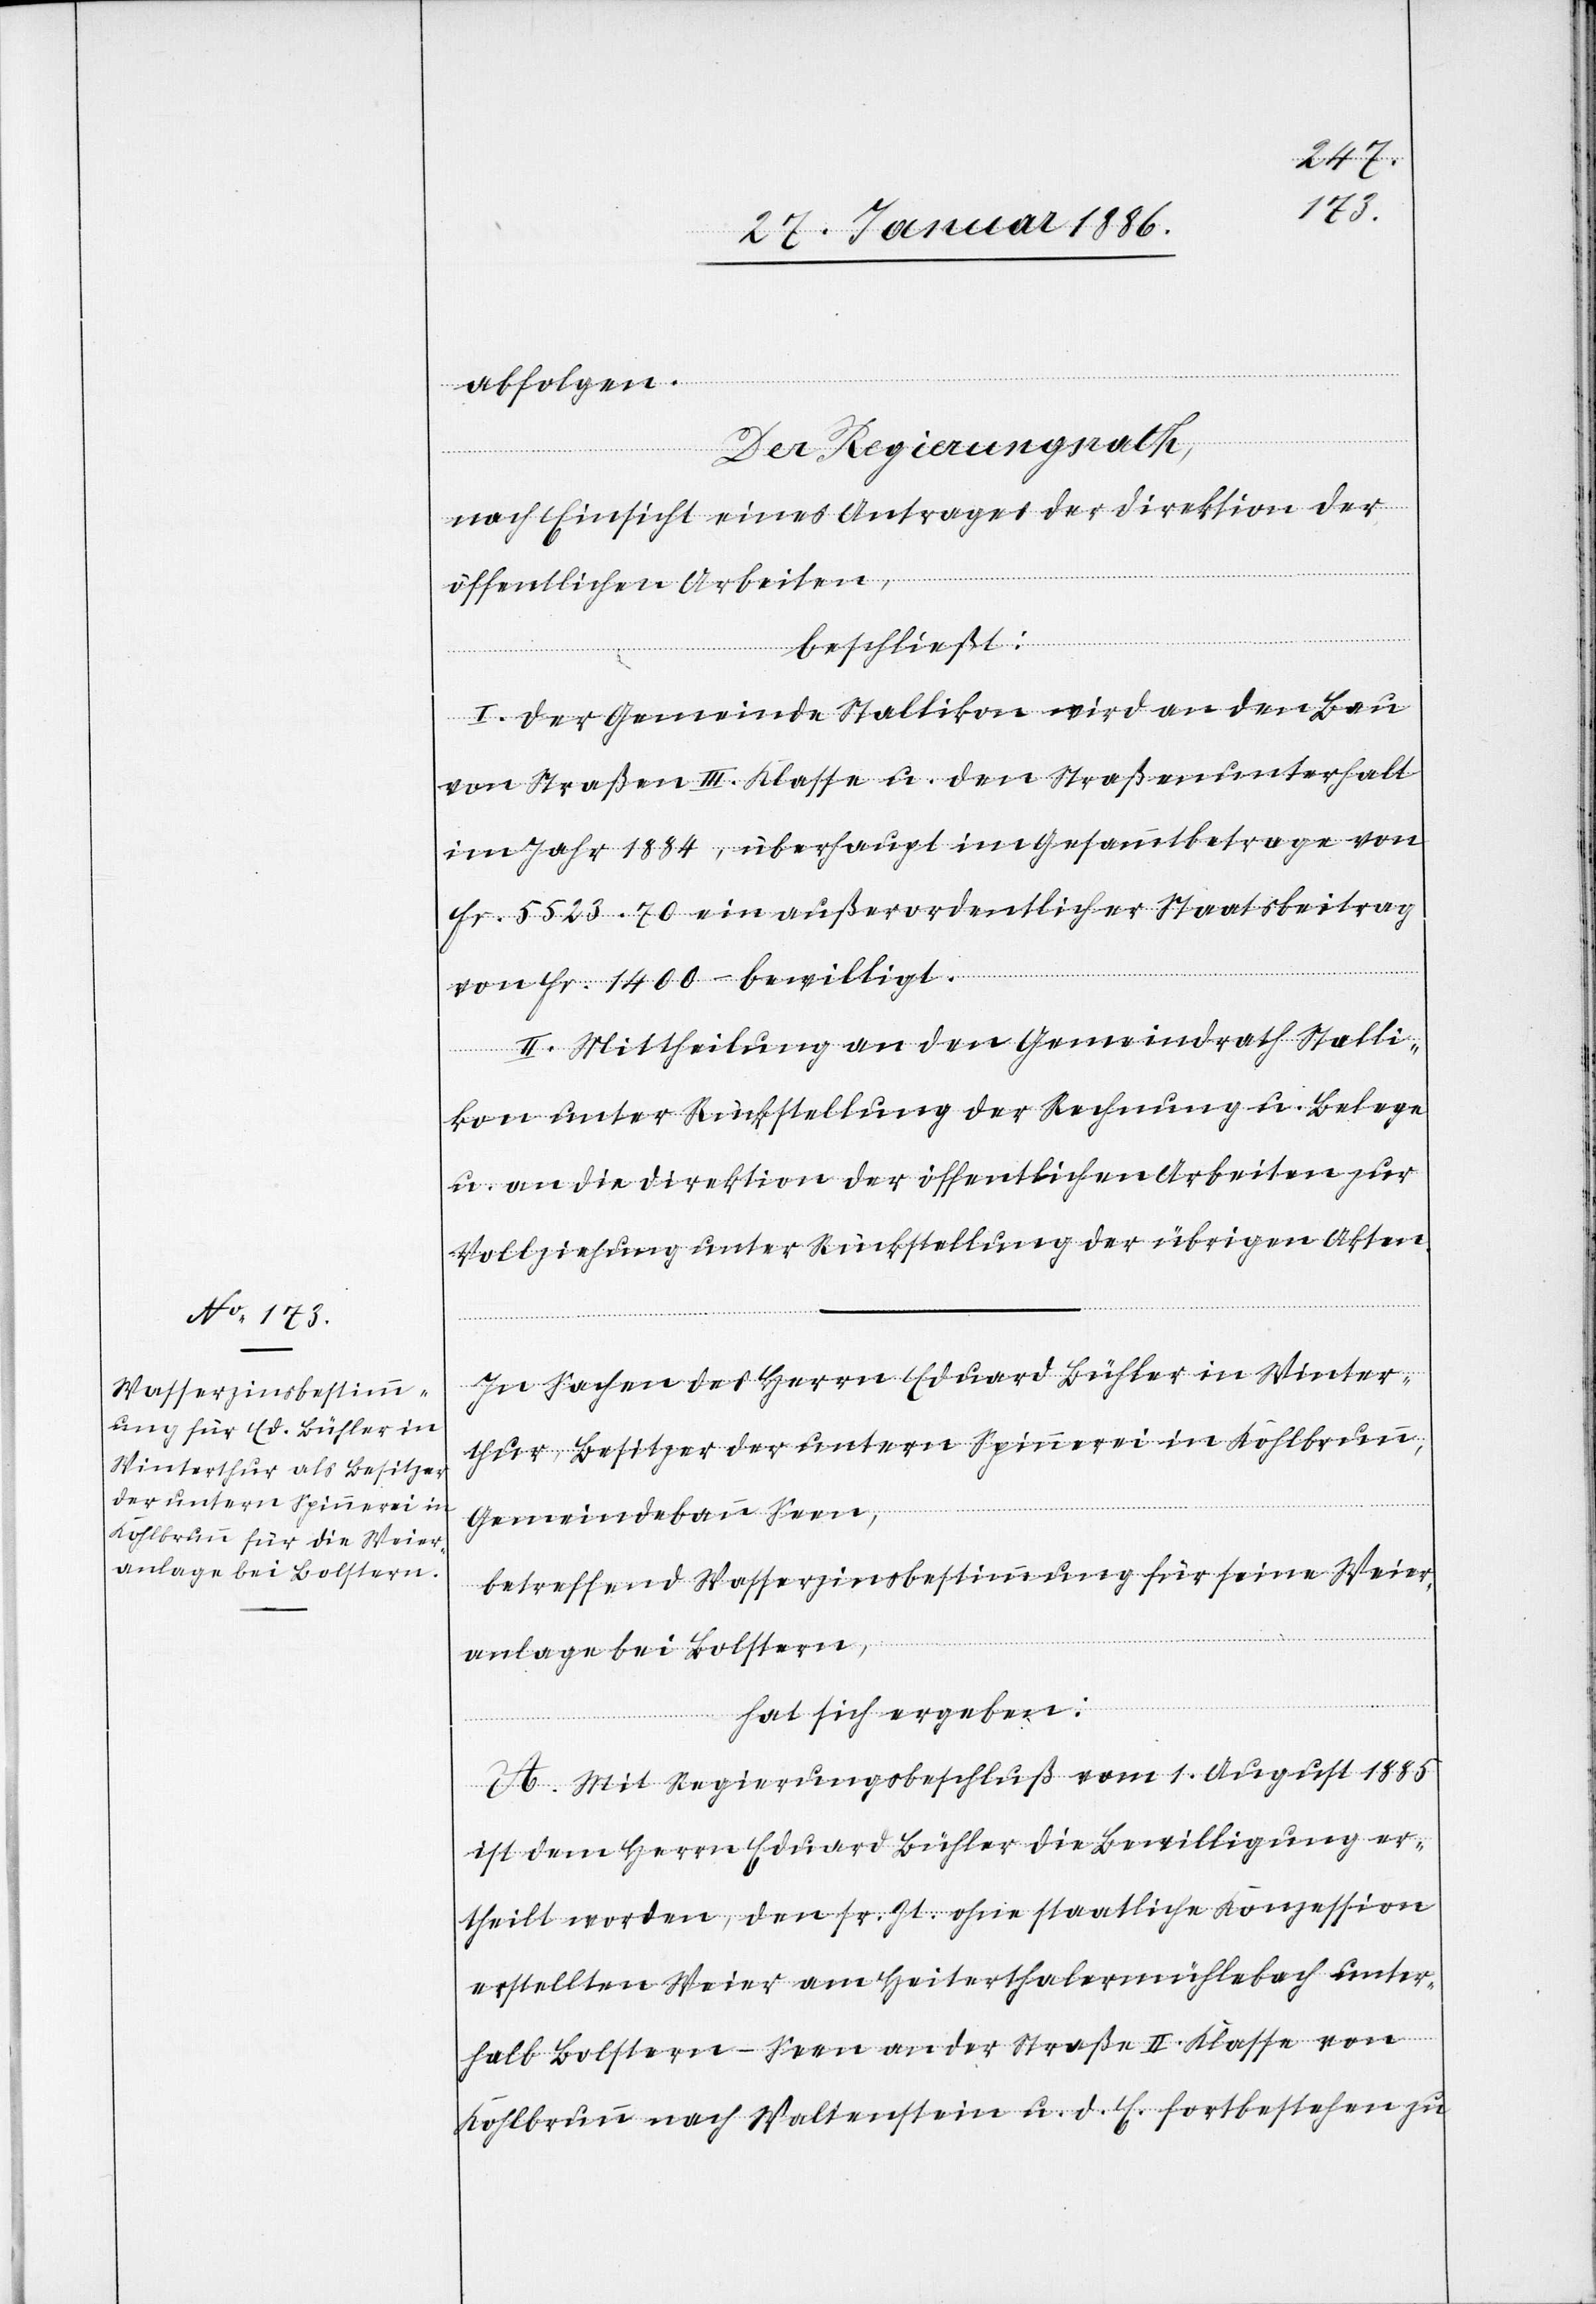
abfolgen.
Der Regierungsrath,
nach Einsicht eines Antrages der Direktion der
öffentlichen Arbeiten,
beschließt:
I. Der Gemeinde Stallikon wird an den Bau
von Straßen III. Klasse u. den Straßenunterhalt
im Jahr 1884, überhaupt im Gesammtbetrage von
Fr. 5523. 70 ein außerordentlicher Staatsbeitrag
von Fr. 1400.– bewilligt.
II. Mittheilung an den Gemeindrath Stalli¬
kon unter Rückstellung der Rechnung u. Belege
u. an die Direktion der öffentlichen Arbeiten zur
Vollziehung unter Rückstellung der übrigen Akten.
In Sachen des Herrn Eduard Bühler in Winter¬
thur, Besitzer der untern Spinnerei in Kohlbrunn,
Gemeindebann Seen,
betreffend Wasserzinsbestimmung für seine Weier¬
anlage bei Bolstern,
hat sich ergeben:
A. Mit Regierungsbeschluß vom 1. August 1885
ist dem Herrn Eduard Bühler die Bewilligung er¬
theilt worden, den sr. Zt. ohne staatliche Konzession
erstellten Weier am Heiterthalermühlebach unter¬
halb Bolstern - Seen an der Straße II. Klasse von
Kohlbrunn nach Waltenstein u. d. E. fortbestehen zu